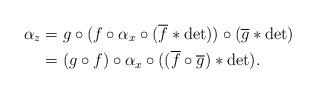
LaTeX: \begin{align*} \alpha_z &= g\circ(f\circ\alpha_x\circ (\overline{f}\ast\det))\circ (\overline{g}\ast\det)\\ &= (g\circ f)\circ\alpha_x\circ ((\overline{f}\circ\overline{g})\ast\det). \end{align*}